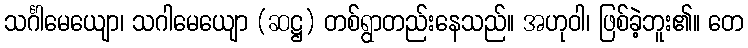
သင်္ဂါမေယျော၊ သဂါမေယျော (ဆဋ္ဌ) တစ်ရွာတည်းနေသည်။ အဟုဝါ၊ ဖြစ်ခဲ့ဘူး၏။ တေ